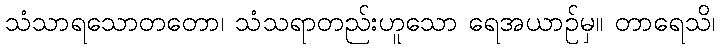
သံသာရသောတတော၊ သံသရာတည်းဟူသော ရေအယာဉ်မှ။ တာရေသိ၊